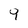
Character: 9